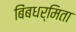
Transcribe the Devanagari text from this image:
बिंबधर्मिता